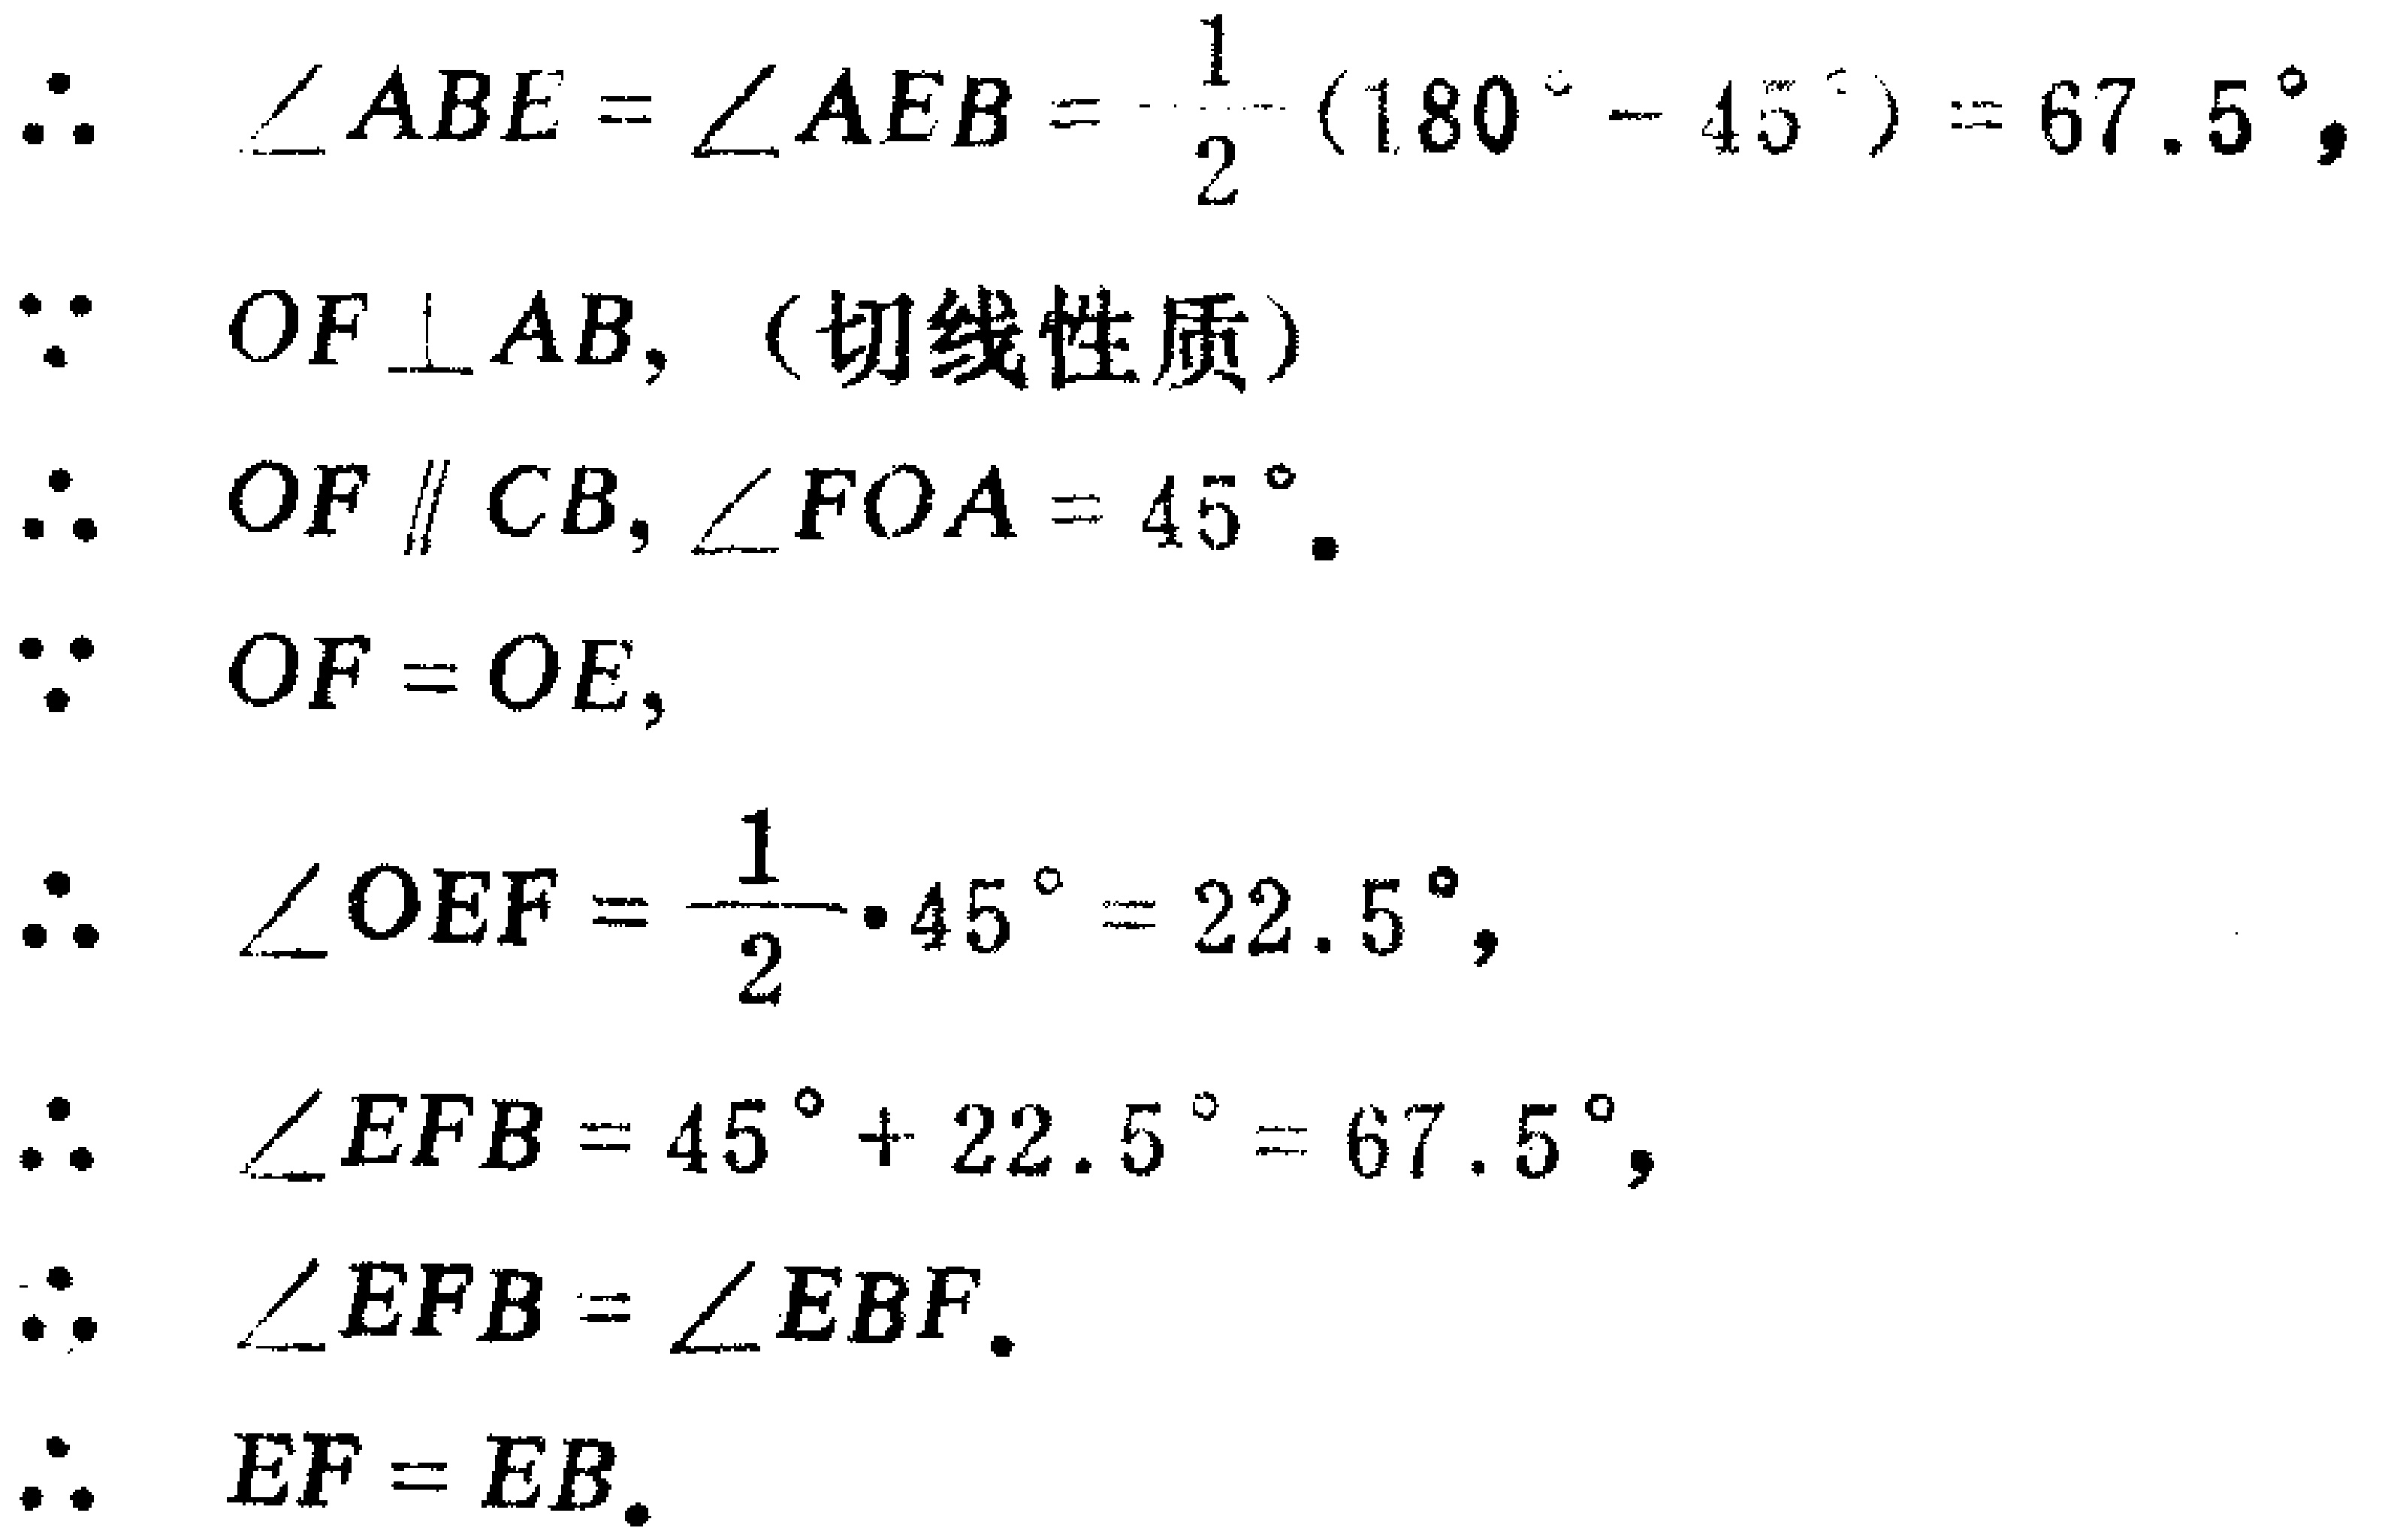
\begin{align*}
&\therefore\ \angle ABE = \angle AEB=\frac{1}{2}(180^{\circ}- 45^{\circ}) = 67.5^{\circ},\\
&\because\ OF\perp AB, \text{（切线性质）}\\
&\therefore\ OF\parallel CB,\angle FOA = 45^{\circ}.\\
&\because\ OF = OE,\\
&\therefore\ \angle OEF=\frac{1}{2}\cdot45^{\circ}=22.5^{\circ},\\
&\therefore\ \angle EFB = 45^{\circ}+22.5^{\circ}=67.5^{\circ},\\
&\therefore\ \angle EFB=\angle EBF.\\
&\therefore\ EF = EB.
\end{align*}